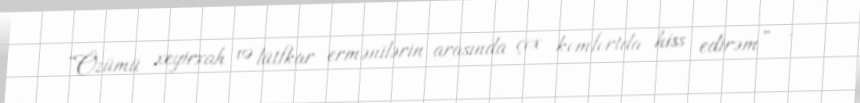
“Özümü xeyirxah və lütfkar ermənilərin arasında çox komfortda hiss edirəm” -